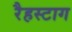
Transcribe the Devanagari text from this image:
रैहस्टाग